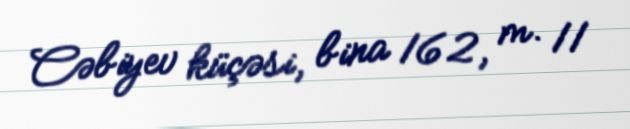
Cəbiyev küçəsi, bina 162, m. 11